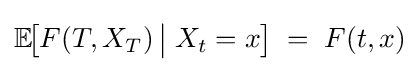
\mathbb {E} \!{\bigl [}F(T,X_{T})\,{\big |}\;X_{t}=x{\bigr ]}\;=\;F(t,x)